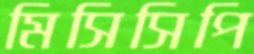
মিসিসিপি